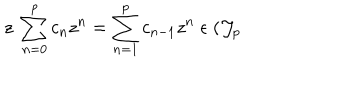
z \; \sum _ { n = 0 } ^ { p } c _ { n } z ^ { n } = \sum _ { n = 1 } ^ { p } c _ { n - 1 } z ^ { n } \; \epsilon \; ( { \cal J } _ { p }